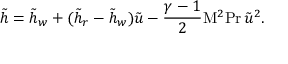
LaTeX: { \tilde { h } } = { \tilde { h } } _ { w } + ( { \tilde { h } } _ { r } - { \tilde { h } } _ { w } ) { \tilde { u } } - { \frac { \gamma - 1 } { 2 } } \mathrm { M } ^ { 2 } \mathrm { P r } \, { \tilde { u } } ^ { 2 } .